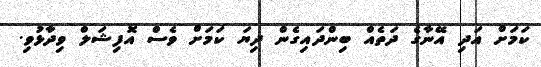
ކަމަށް އަދި އޭނާގެ ދަތެއް ބިންދައިގެން ދިޔަ ކަމަށް ވެސް އޮފިޝަލް ވިދާޅުވި.